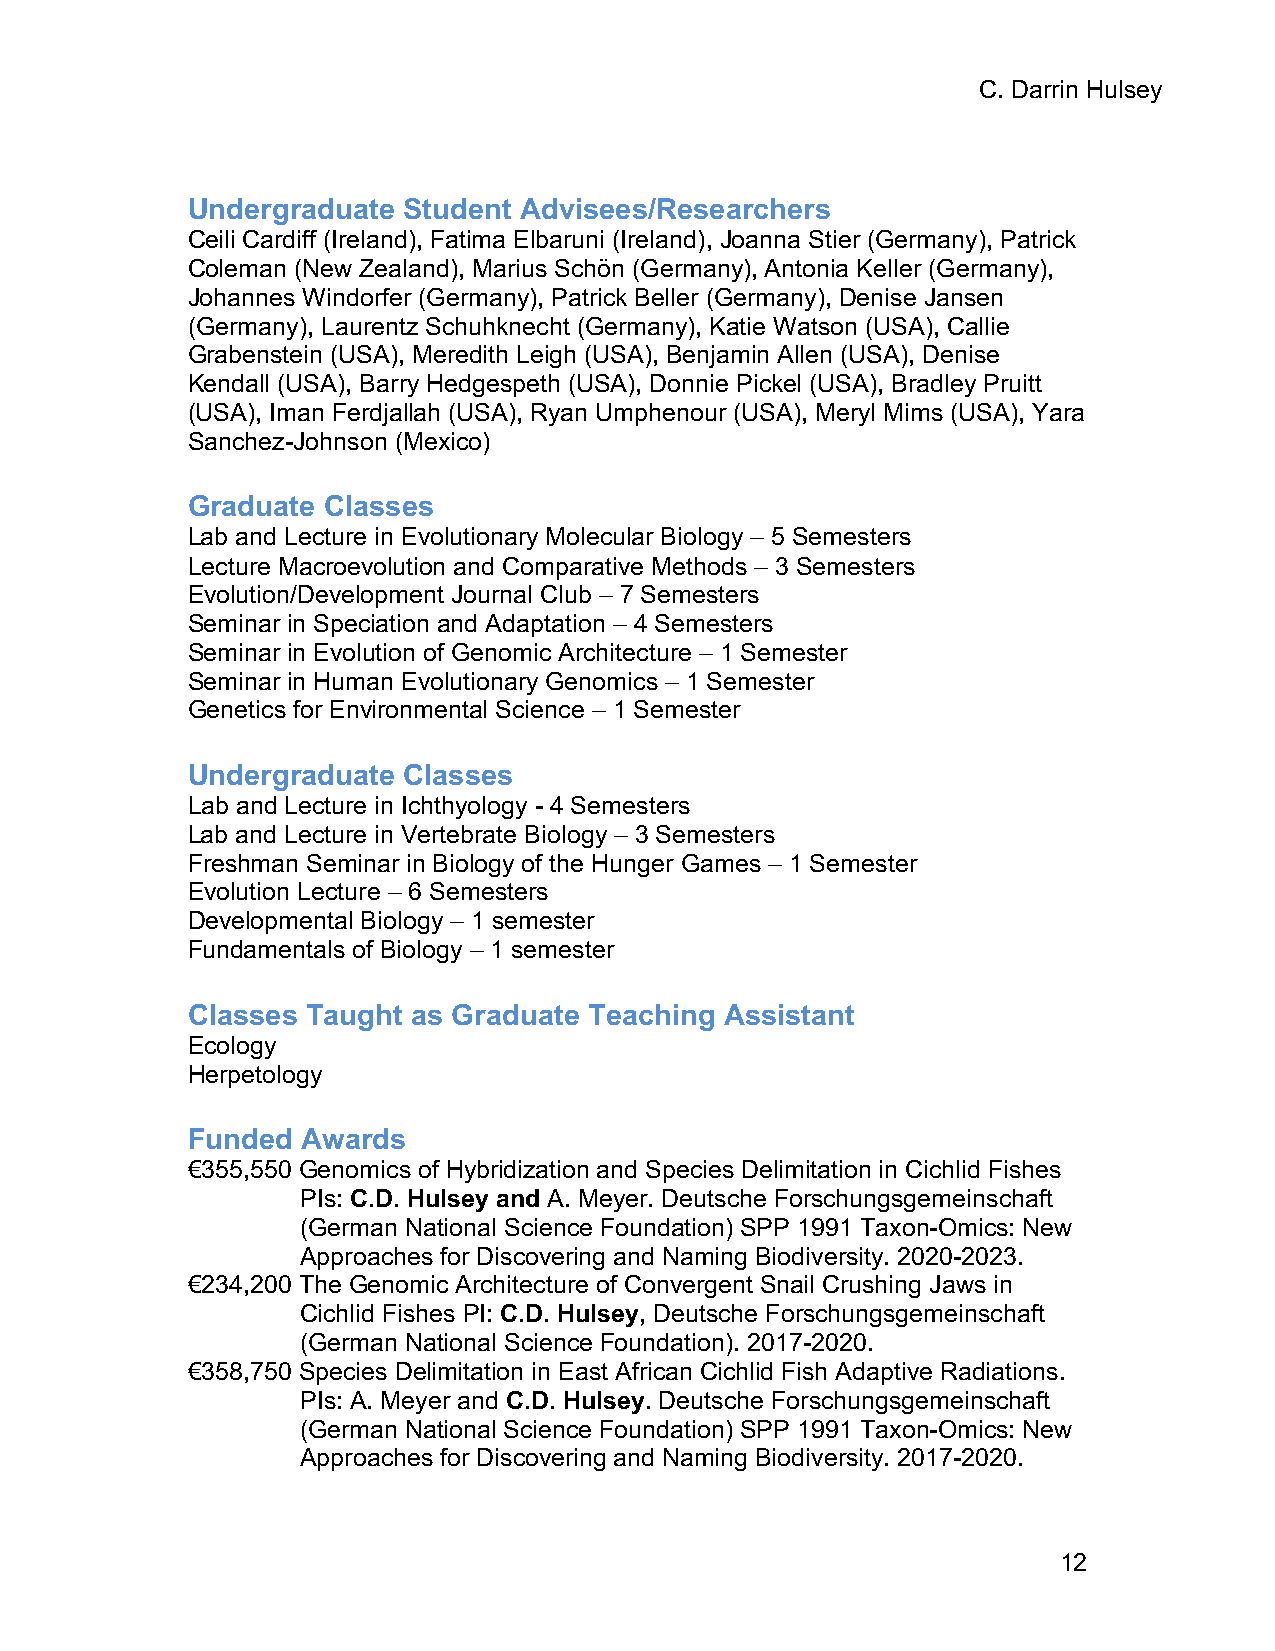
C. Darrin Hulsey
 Undergraduate  Student Advisees/Researchers
 Ceili Cardiff (Ireland), Fatima Elbaruni (Ireland), Joanna Stier (Germany), Patrick
 Coleman (New Zealand), Marius Schön (Germany), Antonia Keller (Germany),
 Johannes Windorfer (Germany), Patrick Beller (Germany), Denise Jansen
 (Germany), Laurentz Schuhknecht (Germany), Katie Watson (USA), Callie
 Grabenstein (USA), Meredith Leigh (USA), Benjamin Allen (USA), Denise
 Kendall (USA), Barry Hedgespeth (USA), Donnie Pickel (USA), Bradley Pruitt
 (USA), Iman Ferdjallah (USA), Ryan Umphenour (USA), Meryl Mims (USA), Yara
 Sanchez-Johnson (Mexico)
 Graduate Classes
 Lab and Lecture in Evolutionary Molecular Biology – 5 Semesters
 Lecture Macroevolution and Comparative Methods – 3 Semesters
 Evolution/Development Journal Club – 7 Semesters
 Seminar in Speciation and Adaptation – 4 Semesters
 Seminar in Evolution of Genomic Architecture – 1 Semester
 Seminar in Human Evolutionary Genomics – 1 Semester
 Genetics for Environmental Science – 1 Semester
 Undergraduate  Classes
 Lab and Lecture in Ichthyology - 4 Semesters
 Lab and Lecture in Vertebrate Biology – 3 Semesters
 Freshman Seminar in Biology of the Hunger Games – 1 Semester
 Evolution Lecture – 6 Semesters
 Developmental Biology – 1 semester
 Fundamentals of Biology – 1 semester
 Classes Taught as Graduate Teaching Assistant
 Ecology
 Herpetology
 Funded  Awards
 €355,550 Genomics of Hybridization and Species Delimitation in Cichlid Fishes
 PIs: C.D. Hulsey and A. Meyer. Deutsche Forschungsgemeinschaft
 (German National Science Foundation) SPP 1991 Taxon-Omics: New
 Approaches for Discovering and Naming Biodiversity. 2020-2023.
 €234,200 The Genomic Architecture of Convergent Snail Crushing Jaws in
 Cichlid Fishes PI: C.D. Hulsey, Deutsche Forschungsgemeinschaft
 (German National Science Foundation). 2017-2020.
 €358,750 Species Delimitation in East African Cichlid Fish Adaptive Radiations.
 PIs: A. Meyer and C.D. Hulsey. Deutsche Forschungsgemeinschaft
 (German National Science Foundation) SPP 1991 Taxon-Omics: New
 Approaches for Discovering and Naming Biodiversity. 2017-2020.
 12